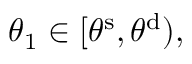
\theta _ { 1 } \in [ \theta ^ { \mathrm { s } } , \theta ^ { \mathrm { d } } ) ,